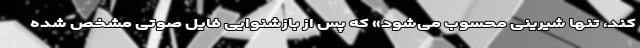
کند، تنها شیرینی محسوب می‌شود» که پس از بازشنوایی فایل صوتی مشخص شده